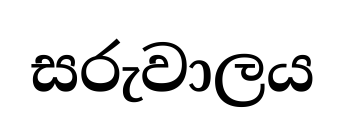
සරුවාලය